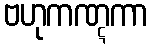
ဗဟုကဏ္ဋကာ